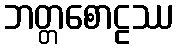
ဘတ္တစောဠဿ